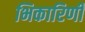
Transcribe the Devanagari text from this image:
भिकारिणी